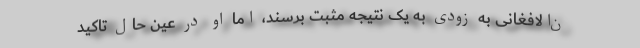
ن‌الافغانی به زودی به یک نتیجه مثبت برسند، اما او در عین حال تاکید